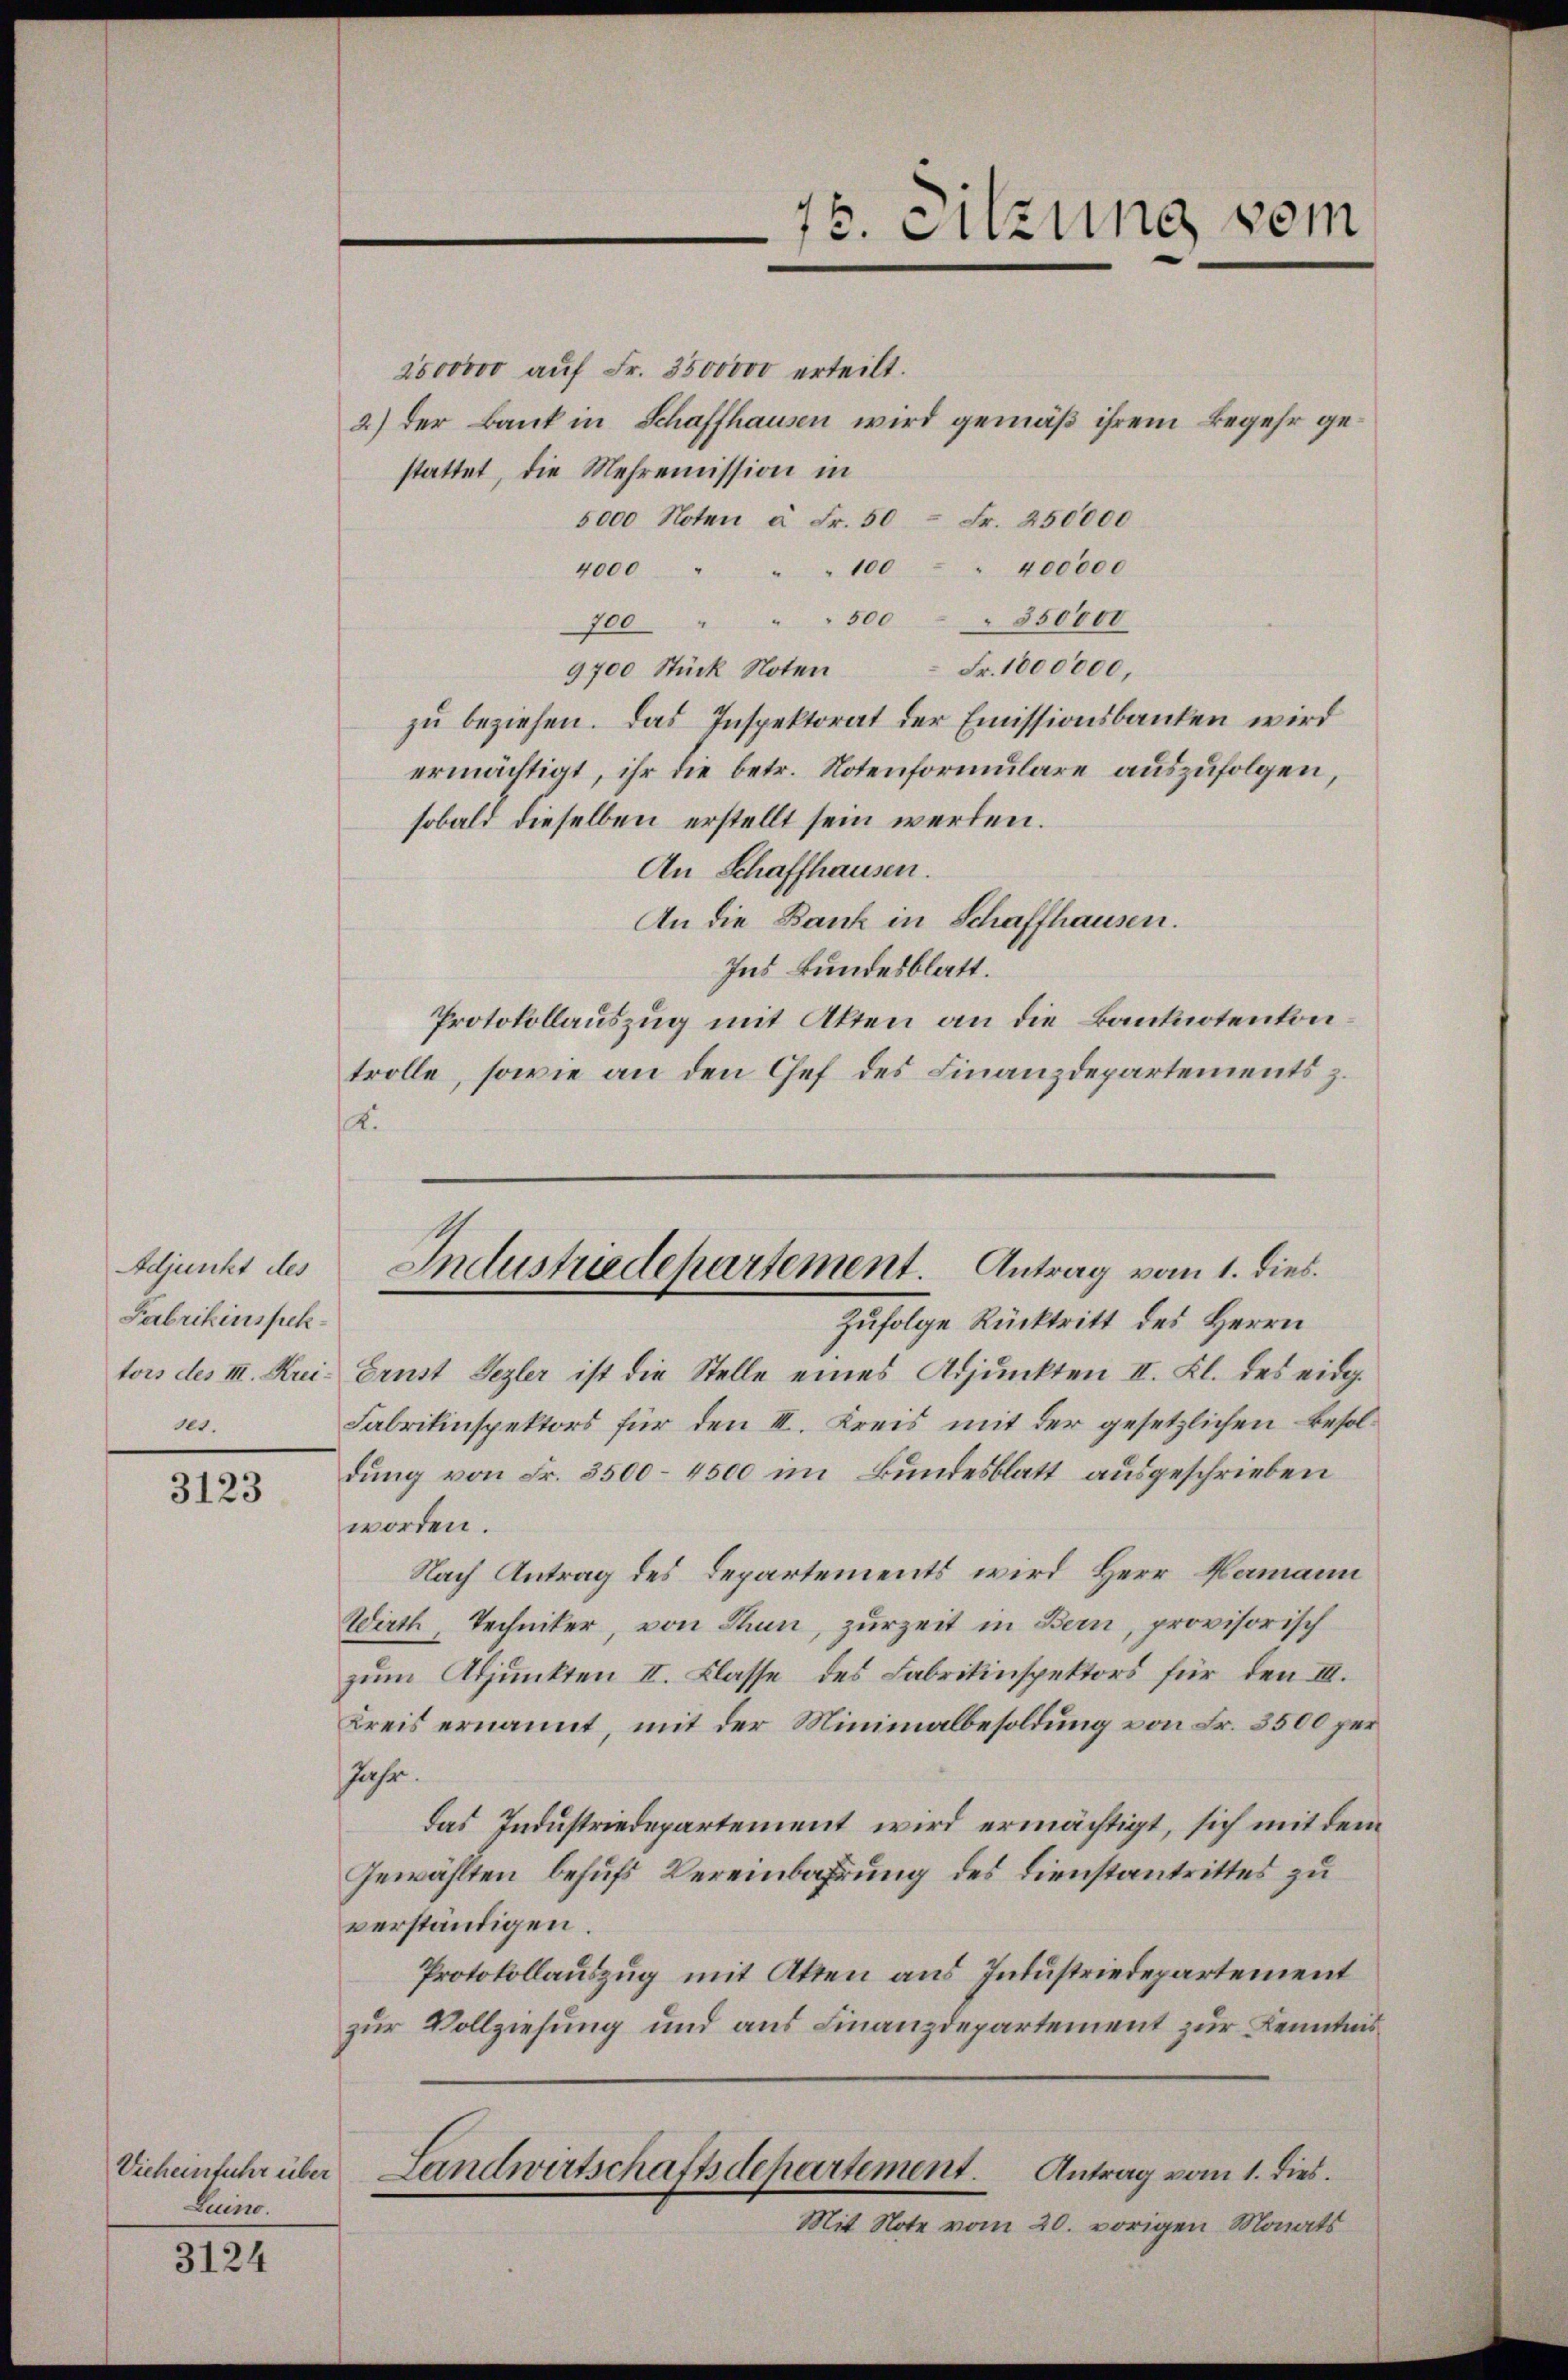
Adjunkt des
Fabrikinspek¬
100.

3123

Vicheinfuhr über
Luino.

3124

2500000 auf Fr. 3500000 erteilt.
2) der Bank in Schaffhausen wird gemäß ihrem Begehr gestattet, die Mehremission in
5000 Noten à Fr. 50 Fr. 250000
400000
4000 " " " 100
700 " " " 500 " 350000
Fr. 1000000,
9700 Stück Noten
zu beziehen. Das Inspektorat der Emissionsbanken wird
ermächtigt, ihr die betr. Notenformulare auszufolgen,
sobald dieselben erstellt sein werden.
An Schaffhausen.
An die Bank in Schaffhausen.
Ins Bundesblatt.
Protokollauszug mit Akten an die Banknotenkontrolle, sowie an den Chef des Finanzdepartements z.
.

75. Sitzung vom

Industriedepartement. Antrag vom 1. dies
Zufolge Rücktritt des Herrn

tors des III. Krei Ernst Sezler ist die Stelle eines Adjunkten II. Kl. des eidg.
Fabrikinspektors für den III. Kreis mit der gesetzlichen Besoldung von Fr. 3500–4500 im Bundesblatt ausgeschrieben
worden.
Nach Antrag des Departements wird Herr Namann
Wirth, Techniker, von Thun, zurzeit in Bern, provisorisch
zum Adjunkten II. Klasse des Fabrikinspektors für den III.
Kreis ernannt, mit der Minimalbesoldung von Fr. 3500 per
Jahr.
das Industriedepartement wird ermächtigt, sich mit dem
Gewählten behufs Vereinbahrung des Dienstantrittes zu
verständigen.
Protokollauszug mit Atten aus Industriedepartement
zur Vollziehung und aus Finanzdepartement zur Kenntnis
Landwirtschaftsdepartement. Antrag vom 1. dies
Mit Note vom 20. vorigen Monats